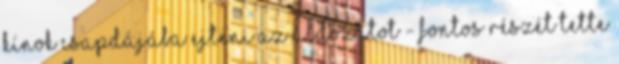
kínok csapdájába ejteni az áldozatot - fontos részét tette